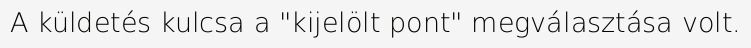
A küldetés kulcsa a "kijelölt pont" megválasztása volt.